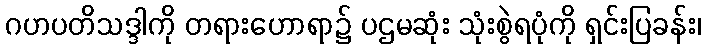
ဂဟပတိသဒ္ဒါကို တရားဟောရာ၌ ပဌမဆုံး သုံးစွဲရပုံကို ရှင်းပြခန်း၊